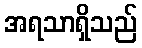
အရသာရှိသည်